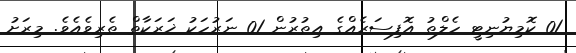
01 ކޮމިޔުނިޓީ ހެލްތު އޮފިސަރެއްގެ އިތުރުން 01 ނަރުހަކު ޚަރަކާތް ތެރިވެއެވެ. މިރަށު